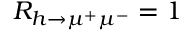
R _ { h \to \mu ^ { + } \mu ^ { - } } = 1